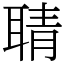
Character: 聙